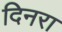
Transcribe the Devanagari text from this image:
दिनरा